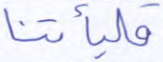
فليأتنا